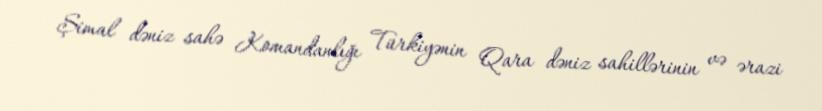
Şimal dəniz sahə Komandanlığı Türkiyənin Qara dəniz sahillərinin və ərazi